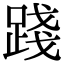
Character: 踐